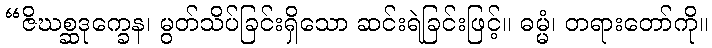
“ဇိဃစ္ဆဒုက္ခေန၊ မွတ်သိပ်ခြင်းရှိသော ဆင်းရဲခြင်းဖြင့်။ ဓမ္မံ၊ တရားတော်ကို။